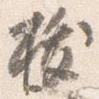
祓